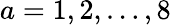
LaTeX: a=1,2,\dots,8